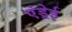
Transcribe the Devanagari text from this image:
एंड्रेई